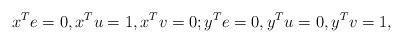
LaTeX: \begin{align*}x^Te=0, x^Tu=1, x^Tv=0; y^Te=0, y^Tu=0, y^Tv=1,\end{align*}